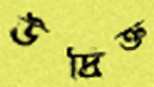
উদ্রিক্ত